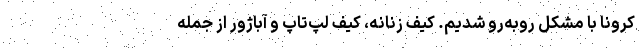
کرونا با مشکل روبه‌رو شدیم. کیف زنانه، کیف لپ‌تاپ و آباژور از جمله